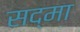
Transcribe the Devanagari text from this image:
सद्मा